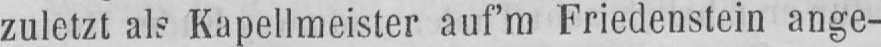
zuletzt als Kapellmeister auf’m Friedenstein ange-